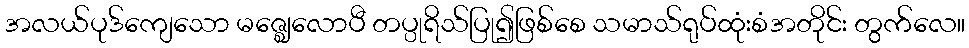
အလယ်ပုဒ်ကျေသော မဇ္ဈေလောပီ တပ္ပုရိသ်ပြု၍ဖြစ်စေ သမာသ်ရုပ်ထုံးစံအတိုင်း တွက်လေ။